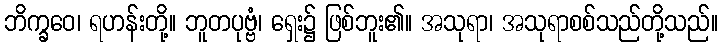
ဘိက္ခဝေ၊ ရဟန်းတို့။ ဘူတပုဗ္ဗံ၊ ရှေး၌ ဖြစ်ဘူး၏။ အသုရာ၊ အသုရာစစ်သည်တို့သည်။